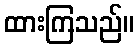
ထားကြသည်။